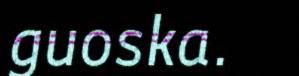
guoska.